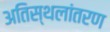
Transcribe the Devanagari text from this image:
अतिस्थलांतरण